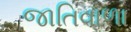
જાતિવાળા